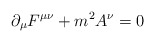
\begin{align*}\partial_{\mu}F^{\mu\nu} + m^2 A^\nu = 0 \end{align*}